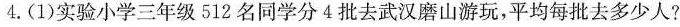
4.(1)实验小学三年级512名同学分4批去武汉磨山游玩，平均每批去多